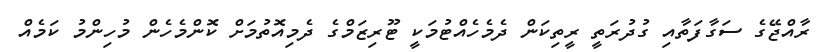
ރާއްޖޭގެ ސަގާފަތާއި ގުދުރަތީ ރީތިކަން ދެމެހެއްޓުމަކީ ޓޫރިޒަމްގެ ދެމިއޮތުމަށް ކޮންމެހެން މުހިންމު ކަމެއް